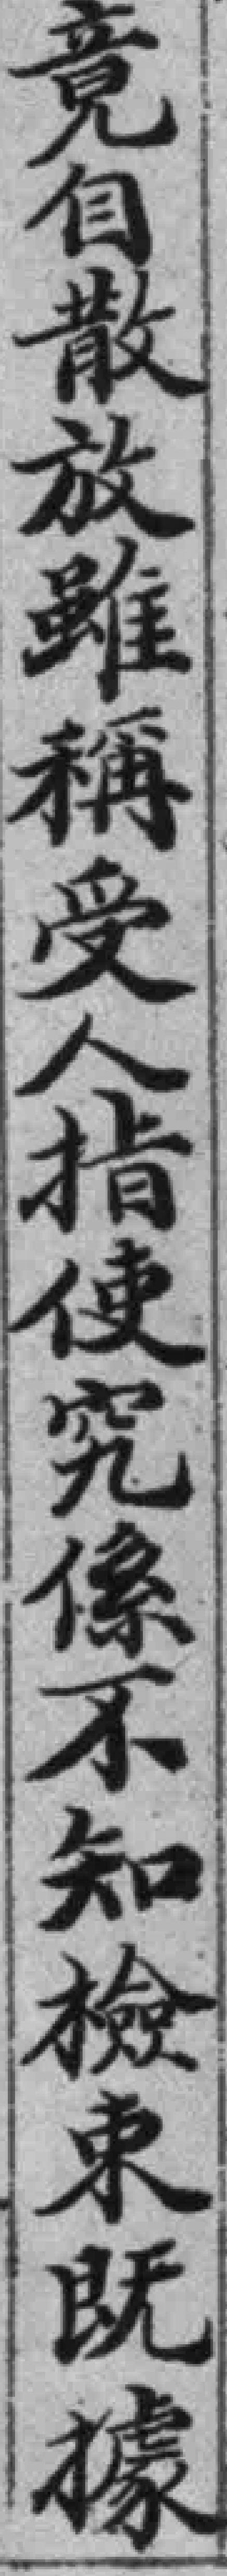
竟自散放雖稱受人指使究係不知檢束既據